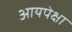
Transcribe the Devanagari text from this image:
आयपेक्षा